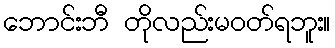
ဘောင်းဘီ တိုလည်းမဝတ်ရဘူး။